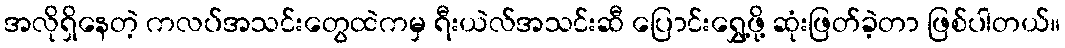
အလိုရှိနေတဲ့ ကလပ်အသင်းတွေထဲကမှ ရီးယဲလ်အသင်းဆီ ပြောင်းရွှေ့ဖို့ ဆုံးဖြတ်ခဲ့တာ ဖြစ်ပါတယ်။